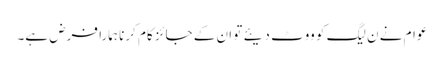
عوام نے ن لیگ کو ووٹ دیئے تو ان کے جائز کام کرنا ہمارا فرض ہے۔